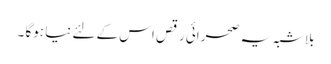
بلاشبہ یہ صحرائی رقص اس کے لئے نیا ہوگا ۔